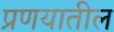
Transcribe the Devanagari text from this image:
प्रणयातील